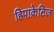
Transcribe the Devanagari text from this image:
हिपाक्रेटिज